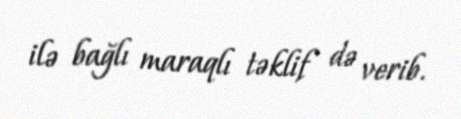
ilə bağlı maraqlı təklif də verib.